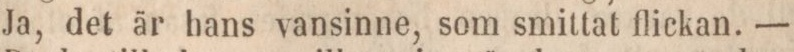
Ja, det är hans vansinne, som smittat flickan. —